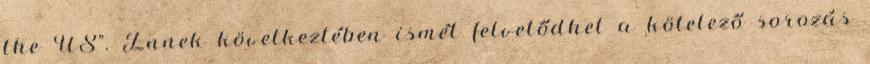
the US". Ennek következtében ismét felvetődhet a kötelező sorozás